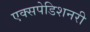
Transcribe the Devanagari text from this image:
एक्सपेडिशनरी